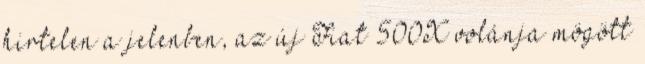
hirtelen a jelenben, az új Fiat 500X volánja mögött